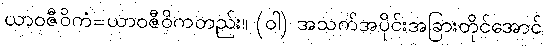
ယာဝဇီဝိကံ=ယာဝဇီဝိကတည်း။ (ဝါ) အသက်အပိုင်းအခြားတိုင်အောင်